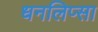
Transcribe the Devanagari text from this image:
धनलिप्सा